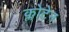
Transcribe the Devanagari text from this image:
क्लोटेन